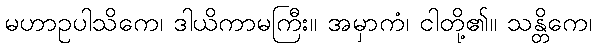
မဟာဥပါသိကေ၊ ဒါယိကာမကြီး။ အမှာကံ၊ ငါတို့၏။ သန္တိကေ၊